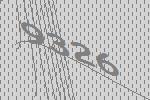
9326